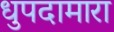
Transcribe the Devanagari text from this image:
धुपदामारा